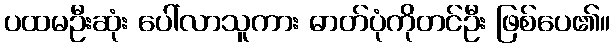
ပထမဦးဆုံး ပေါ်လာသူကား ဓာတ်ပုံကိုတင်ဦး ဖြစ်ပေ၏။